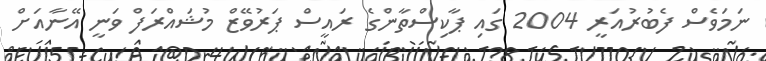
ނަމަވެސް ފެބުރުއަރީ 2004 ގައި ޕާކިސްތާންގެ ރައީސް ޕަރުވޭޒް މުޝައްރަފް ވަނީ އޭނާއަށް